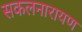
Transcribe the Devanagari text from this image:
सकलनारायण